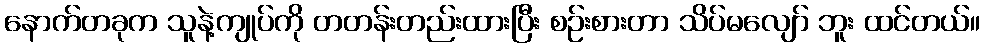
နောက်တခုက သူနဲ့ကျုပ်ကို တတန်းတည်းထားပြီး စဉ်းစားတာ သိပ်မလျော် ဘူး ထင်တယ်။